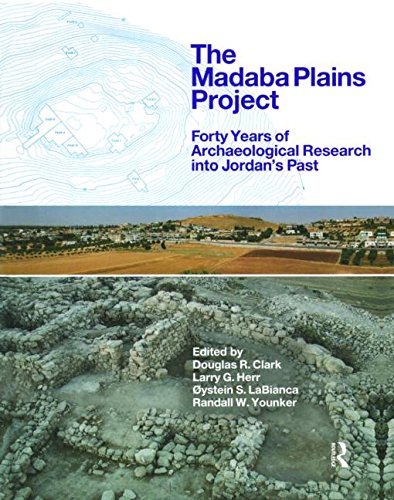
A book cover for The Madaba Plains Project: Forty Years of Archaeological Research into Jordan's Past; History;